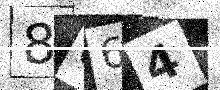
Text: 8864